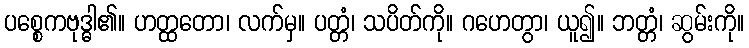
ပစ္စေကဗုဒ္ဓါ၏။ ဟတ္ထတော၊ လက်မှ။ ပတ္တံ၊ သပိတ်ကို။ ဂဟေတွာ၊ ယူ၍။ ဘတ္တံ၊ ဆွမ်းကို။